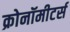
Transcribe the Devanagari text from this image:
क्रोनॉमीटर्स